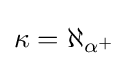
\kappa =\aleph _{\alpha ^{+}}